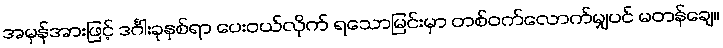
အမှန်အားဖြင့် ဒင်္ဂါးခုနှစ်ရာ ပေးဝယ်လိုက် ရသောမြင်းမှာ တစ်ဝက်လောက်မျှပင် မတန်ချေ။